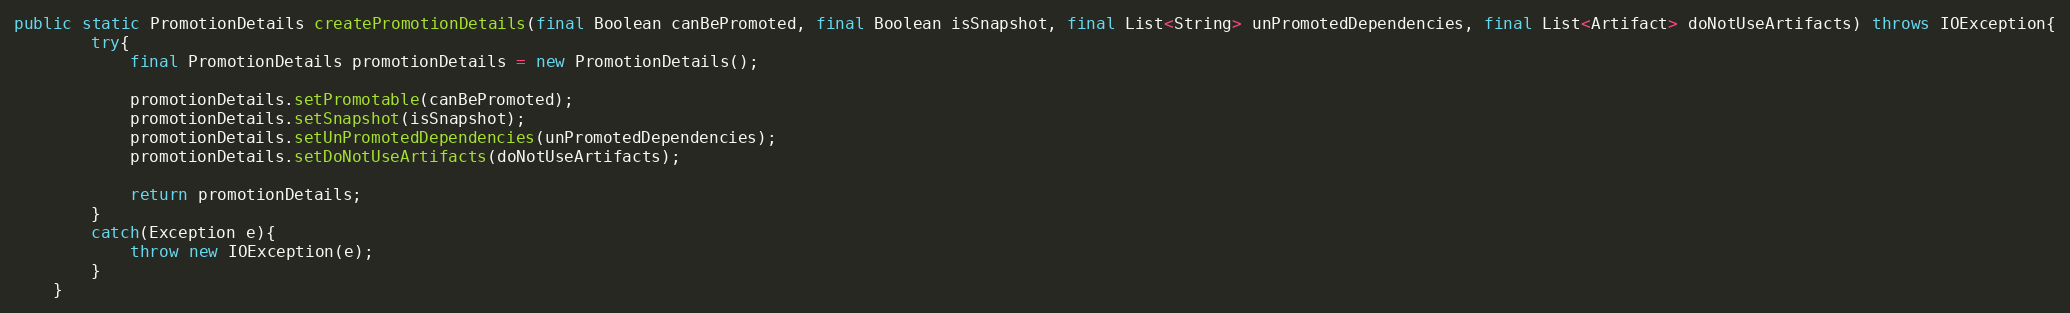
Language: Java
public static PromotionDetails createPromotionDetails(final Boolean canBePromoted, final Boolean isSnapshot, final List<String> unPromotedDependencies, final List<Artifact> doNotUseArtifacts) throws IOException{
		try{
			final PromotionDetails promotionDetails = new PromotionDetails();

			promotionDetails.setPromotable(canBePromoted);
			promotionDetails.setSnapshot(isSnapshot);
			promotionDetails.setUnPromotedDependencies(unPromotedDependencies);
			promotionDetails.setDoNotUseArtifacts(doNotUseArtifacts);

			return promotionDetails;
		}
		catch(Exception e){
			throw new IOException(e);
		}
	}